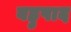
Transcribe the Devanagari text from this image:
बहुपाद